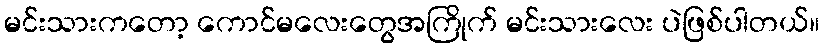
မင်းသားကတော့ ကောင်မလေးတွေအကြိုက် မင်းသားလေး ပဲဖြစ်ပါတယ်။